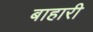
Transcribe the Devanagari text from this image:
बाहारी